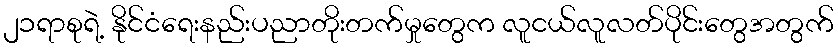
၂၁ရာစုရဲ့ နိုင်ငံရေးနည်းပညာတိုးတက်မှုတွေက လူငယ်လူလတ်ပိုင်းတွေအတွက်